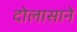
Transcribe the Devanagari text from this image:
दोलासाने